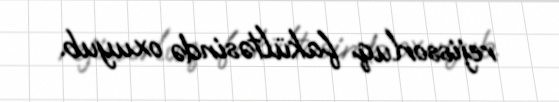
rejissorluq fakültəsində oxuyub.